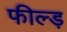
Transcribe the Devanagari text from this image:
फील्ड़